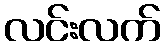
လင်းလက်